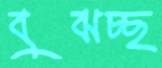
বুঝচ্ছ